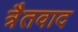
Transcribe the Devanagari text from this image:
त्रैतवाद